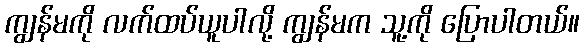
ကျွန်မကို လက်ထပ်ယူပါလို့ ကျွန်မက သူ့ကို ပြောပါတယ်။